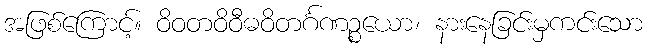
အဖြစ်ကြောင့်။ ဝိဝတဝိဝီဓဝိတင်္ဂဏဉ္စယော၊ နားနေခြင်းမှကင်းသော